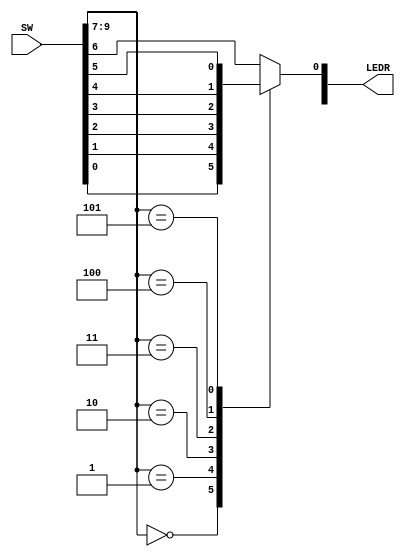
//SW[6:0] data inputs
//SW[9:7] select signal

//LEDR[0] output display


module mux(LEDR, SW);
	input[9:0] SW;
	output[9:0] LEDR;
	reg Out; // declare the output signal for the always block
	always @(*) // declare always block
	begin
		case (SW[9:7]) // start case statement
			3'b000: Out = SW[0]; // case 0
			3'b001: Out = SW[1]; // case 1
			3'b010: Out = SW[2]; // case 2
			3'b011: Out = SW[3]; // case 3
			3'b100: Out = SW[4]; // case 4
			3'b101: Out = SW[5]; //case 5
			3'b110: Out = SW[6]; //case 6
			default: Out = SW[6]; //default case
		endcase
	end
	assign LEDR[0] = Out;
endmodule